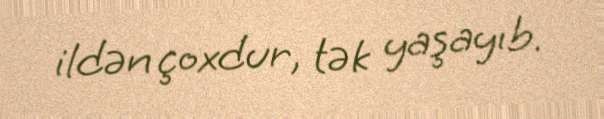
ildən çoxdur, tək yaşayıb.